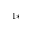
^ { 1 \ast }